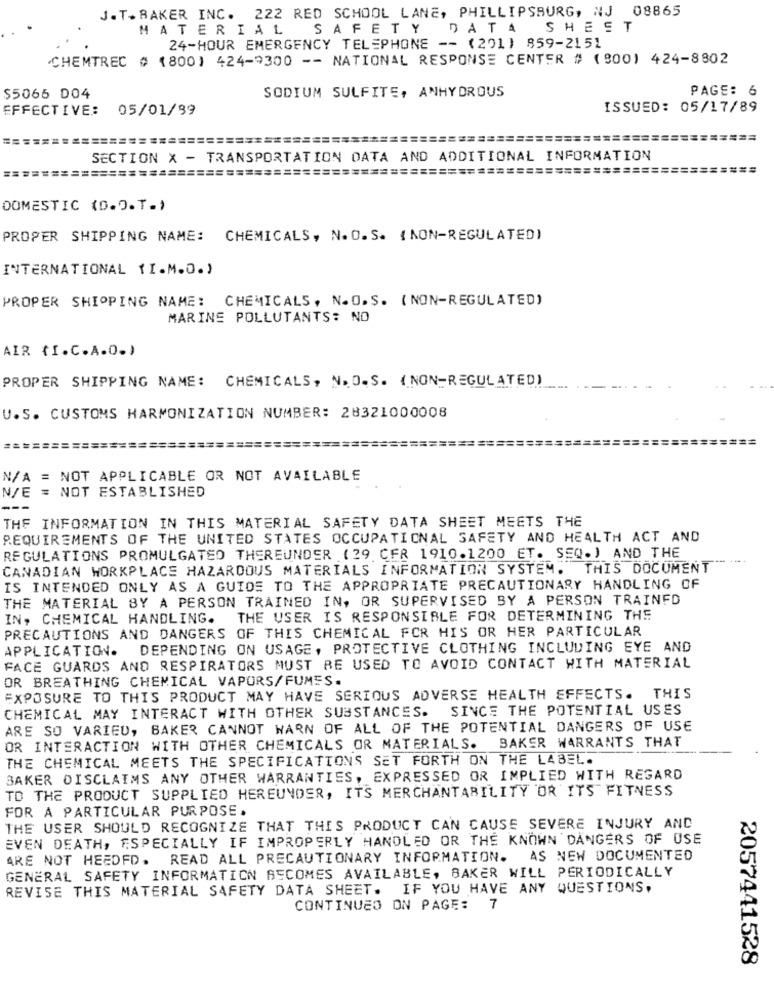
J.T. BAKER INC. 222 RED SCHOOL LANE, PHILLIPSBURG, NJ 08865
MATERIAL SAFETY DATA SHEET
24-HOUR EMERGENCY TELEPHONE -- (201) 859-2151
CHEMTREC # 1800) 424-9300 -- NATIONAL RESPONSE CENTER # (900) 424-8802
PAGE: 6
$5065 D04
SODIUM SULFITE, ANHYDROUS
EFFECTIVE: 05/01/99
ISSUED: 05/17/89
===============
============
==========
SECTION X - TRANSPORTATION DATA AND ADDITIONAL INFORMATION
============================================
================
DOMESTIC (D.O.T.)
PROPER SHIPPING NAME: CHEMICALS, N. O.S. ( NON-REGULATED)
INTERNATIONAL TI.M.O.)
PROPER SHIPPING NAME: CHEMICALS, N.O.S. (NON-REGULATED)
MARINE POLLUTANTS: NO
AIR (I.C.A.O.)
PROPER SHIPPING NAME: CHEMICALS, N. O.S. (NON-REGULATED)
U.S. CUSTOMS HARMONIZATION NUMBER: 28321000008
====================
N/A = NOT APPLICABLE OR NOT AVAILABLE
N/E = NOT ESTABLISHED
---
THE INFORMATION IN THIS MATERIAL SAFETY DATA SHEET MEETS THE
REQUIREMENTS OF THE UNITED STATES OCCUPATIONAL SAFETY AND HEALTH ACT AND
REGULATIONS PROMULGATED THEREUNDER (29 CFR 1910.1200 ET. SEQ.) AND THE
CANADIAN WORKPLACE HAZARDOUS MATERIALS INFORMATION SYSTEM. THIS DOCUMENT
IS INTENDED ONLY AS A GUIDE TO THE APPROPRIATE PRECAUTIONARY HANDLING OF
THE MATERIAL BY A PERSON TRAINED IN, OR SUPERVISED BY A PERSON TRAINFD
IN, CHEMICAL HANDLING.
THE USER IS RESPONSIBLE FOR DETERMINING THE
PRECAUTIONS AND DANGERS OF THIS CHEMICAL FOR HIS OR HER PARTICULAR
APPLICATION.
DEPENDING ON USAGE, PROTECTIVE CLOTHING INCLUDING EYE AND
FACE GUARDS AND RESPIRATORS MUST BE USED TO AVOID CONTACT WITH MATERIAL
OR BREATHING CHEMICAL VAPORS/FUMES.
EXPOSURE TO THIS PRODUCT MAY HAVE SERIOUS ADVERSE HEALTH EFFECTS. THIS
CHEMICAL MAY INTERACT WITH OTHER SUBSTANCES. SINCE THE POTENTIAL USES
ARE SO VARIED, BAKER CANNOT WARN OF ALL OF THE POTENTIAL DANGERS OF USE
OR INTERACTION WITH OTHER CHEMICALS OR MATERIALS. BAKER WARRANTS THAT
THE CHEMICAL MEETS THE SPECIFICATIONS SET FORTH ON THE LABEL.
BAKER DISCLAIMS ANY OTHER WARRANTIES, EXPRESSED OR IMPLIED WITH REGARD
TO THE PRODUCT SUPPLIED HEREUNDER, ITS MERCHANTABILITY OR ITS FITNESS
FOR A PARTICULAR PURPOSE.
THE USER SHOULD RECOGNIZE THAT THIS PRODUCT CAN CAUSE SEVERE INJURY AND
EVEN DEATH, ESPECIALLY IF IMPROPERLY HANDLED OR THE KNOWN DANGERS OF USE
ARE NOT HEEDFD. READ ALL PRECAUTIONARY INFORMATION. AS NEW DOCUMENTED
GENERAL SAFETY INFORMATION BECOMES AVAILABLE, BAKER WILL PERIODICALLY
REVISE THIS MATERIAL SAFETY DATA SHEET. IF YOU HAVE ANY QUESTIONS,
CONTINUED ON PAGE: 7
2057441528